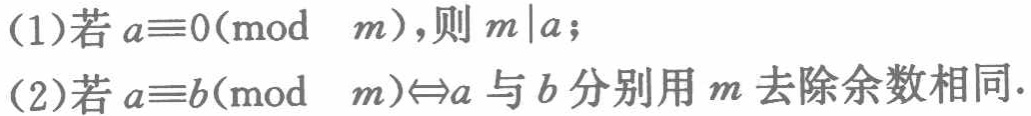
(1)若 \(a\equiv0(\bmod\ m)\)，则 \(m\mid a\)；

(2)若 \(a\equiv b(\bmod\ m)\Leftrightarrow a\) 与 \(b\) 分别用 \(m\) 去除余数相同.